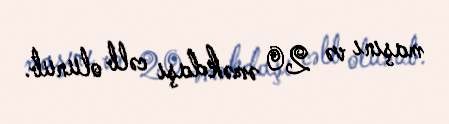
maşını və 20 əməkdaşı cəlb olunub.